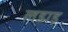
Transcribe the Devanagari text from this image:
लडाइ